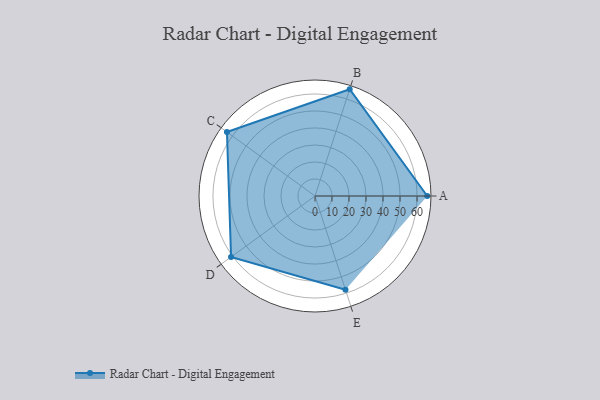
{"axis": {"x": "Skill", "y": "Score"}, "legend": ["Profile"], "data": [{"x": "A", "y": 66.0, "type": "Profile"}, {"x": "B", "y": 66.0, "type": "Profile"}, {"x": "C", "y": 64.0, "type": "Profile"}, {"x": "D", "y": 61.0, "type": "Profile"}, {"x": "E", "y": 58.0, "type": "Profile"}]}